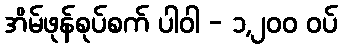
အိမ်ဖုန်စုပ်စက် ပါဝါ - ၁,၂၀၀ ဝပ်